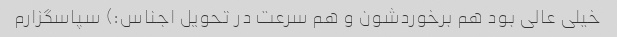
خیلی عالی بود هم برخوردشون و هم سرعت در تحویل اجناس:) سپاسگزارم